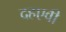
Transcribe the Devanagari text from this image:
दहएवी